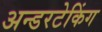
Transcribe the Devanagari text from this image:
अन्डरटेकिंग